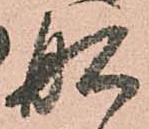
舩